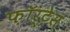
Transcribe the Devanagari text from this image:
फ़ॉर्ट्रेस